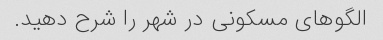
الگوهای مسکونی در شهر را شرح دهید.